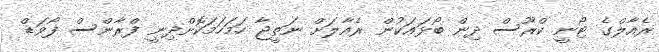
ރެއާލްގެ ޓޯނީ ކްރޫސް ދިން ބޯޅައަކުން ރެއާލަށް ނަތީޖާ ހަމަހަމަކޮށްދިނީ ފްރާންސް ފޯވަޑް